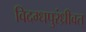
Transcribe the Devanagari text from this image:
विदग्धपुरंध्रीवत्